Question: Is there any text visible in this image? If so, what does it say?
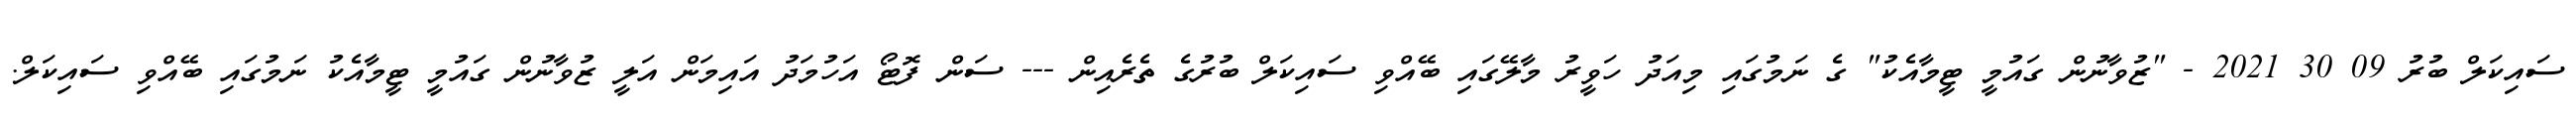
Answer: ސައިކަލް ބުރު 09 30 2021 - "ޒުވާނުން ގައުމީ ޓީމާއެކު" ގެ ނަމުގައި މިއަދު ހަވީރު މާލޭގައި ބޭއްވި ސައިކަލް ބުރުގެ ތެރެއިން --- ސަން ފޮޓޯ އަހުމަދު އައިމަން އަލީ ޒުވާނުން ގައުމީ ޓީމާއެކު ނަމުގައި ބޭއްވި ސައިކަލް.